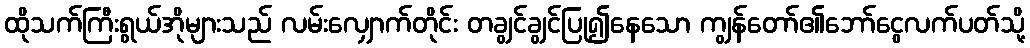
ထိုသက်ကြီးရွယ်အိုများသည် လမ်းလျှောက်တိုင်း တချွင်ချွင်ပြု၍နေသော ကျွန်တော်၏ဘော်ငွေလက်ပတ်သို့